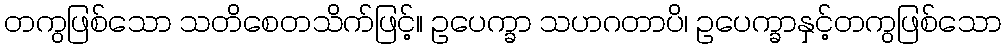
တကွဖြစ်သော သတိစေတသိက်ဖြင့်။ ဥပေက္ခာ သဟဂတာပိ၊ ဥပေက္ခာနှင့်တကွဖြစ်သော